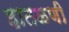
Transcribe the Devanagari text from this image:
हातळणी